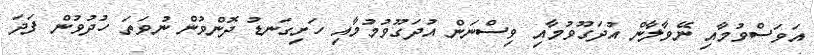
އަވަސްވުމާއި ނޭވާލާން އުދަގޫވުމާއި ވިސްނަން އުދަގޫވުމުމާއި ހަށިގަނޑު ދޮންވުން ނުވަތަ ހުދުވުން ފަދަ